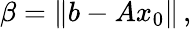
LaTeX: \beta=\| b-Ax_{0}\| \, ,